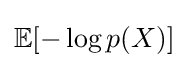
\mathbb {E} [-\log p(X)]